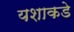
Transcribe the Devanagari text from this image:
यशाकडे